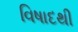
વિષાદથી